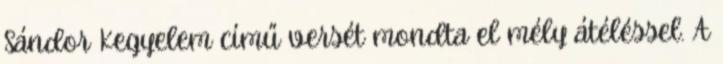
Sándor Kegyelem című versét mondta el mély átéléssel. A